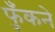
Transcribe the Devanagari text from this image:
फुँकने